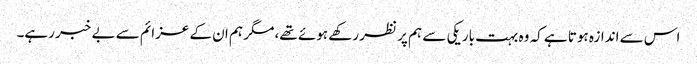
اس سے اندازہ ہوتا ہے کہ وہ بہت باریکی سے ہم پر نظر رکھے ہوئے تھے، مگر ہم ان کے عزائم سے بے خبر رہے۔